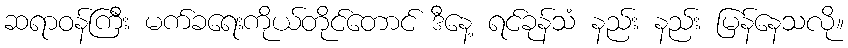
ဆရာဝန်ကြီး မက်ခရေးကိုယ်တိုင်တောင် ဒီနေ့ ရင်ခုန်သံ နည်း နည်း မြန်နေသလို။